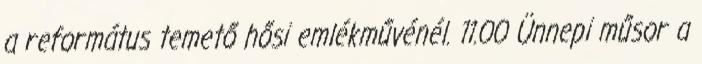
a református temető hősi emlékművénél. 11.00 Ünnepi műsor a